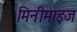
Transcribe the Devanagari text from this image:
मिनीमाइज